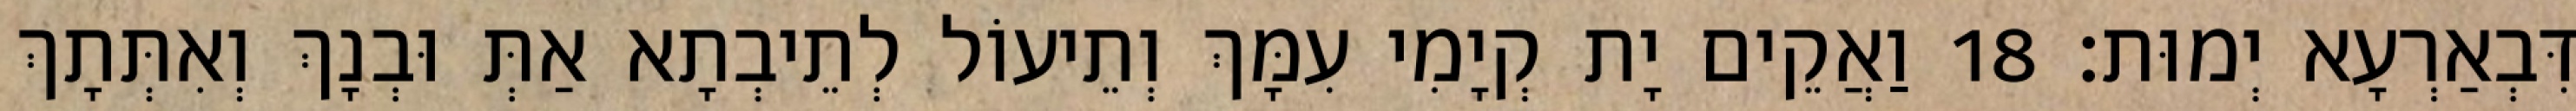
דִּבְאַרְעָא יְמוּת׃ 18 וַאֲקֵים יָת קְיָמִי עִמָּךְ וְתֵיעוֹל לְתֵיבְתָא אַתְּ וּבְנָךְ וְאִתְּתָךְ